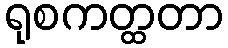
ရုစကတ္ထတာ